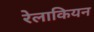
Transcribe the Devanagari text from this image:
रेलाकियन